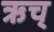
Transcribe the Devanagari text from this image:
ऋच्‌